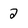
Character: 2